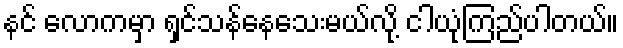
နင် လောကမှာ ရှင်သန်နေသေးမယ်လို့ ငါယုံကြည်ပါတယ်။